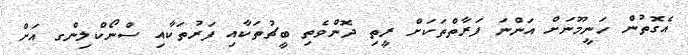
އެގޮތުން ހަނީމޫނަށް އަންނަ ފަރާތްތަކަށް ރީތި ދޮންވެތި ބީޗުތަކާއި ފަރުތަކާއި ސްނޯކްލިންގ އަށް